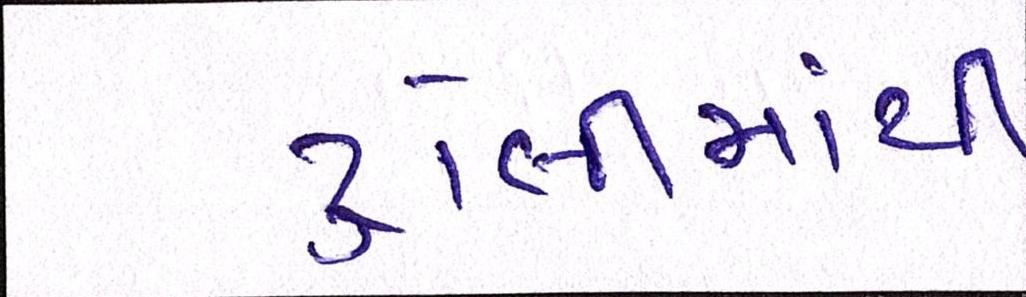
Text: ટ્રોલીમાંથી